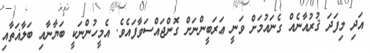
އަދި މިފަދަ ޤުރުއާނެއް ގެނައުމަށް ވަނީ ޢަރަބީންނަށް ގޮންޖައްސަވާފައެވެ. އެމީހުންނަކީ ބަޔާނާއި ބަލާޣަތާއި